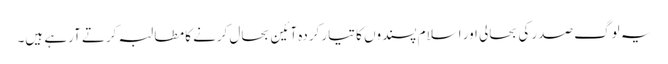
یہ لوگ صدر کی بحالی اور اسلام پسندوں کا تیار کردہ آئین بحال کرنے کا مطالبہ کرتے آرہے ہیں۔